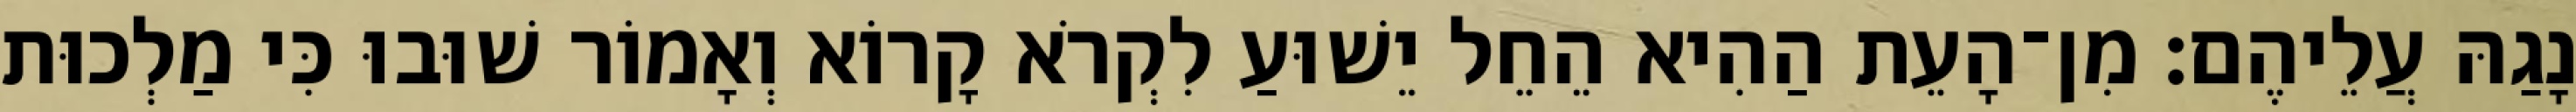
נָגַהּ עֲלֵיהֶם׃ מִן־הָעֵת הַהִיא הֵחֵל יֵשׁוּעַ לִקְרֹא קָרוֹא וְאָמוֹר שׁוּבוּ כִּי מַלְכוּת